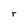
Character: r